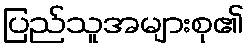
ပြည်သူအများစု၏